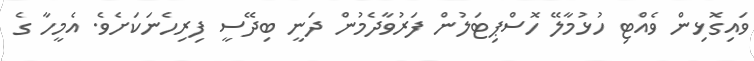
ވައިގޮޅިން ވެއްޓި ހުޅުމާލޭ ހޮސްޕިޓަލުން ފަރުވާދެމުން ދަނީ ބިދޭސީ ފިރިހެނަކަށެވެ. އެމީހާ ގެ